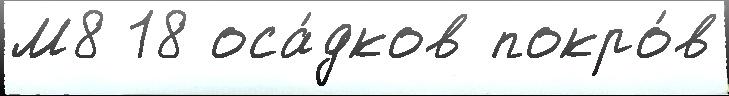
М8 18 оса́дков покро́в